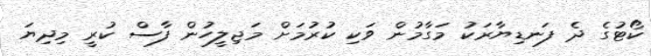
ކޯޓުގެ ދެ ފަނޑިޔާރަކު މަގާމުން ވަކި ކުރުމަށް މަޖިލީހުން ފާސް ކުރީ މިދިޔަ